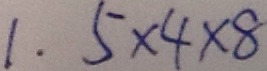
1 . 5 \times 4 \times 8